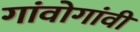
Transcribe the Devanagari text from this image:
गांवोगांवी